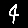
Digit: 4